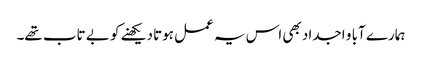
ہمارے آبا و اجداد بھی اس یہ عمل ہوتا دیکھنے کو بے تاب تھے۔